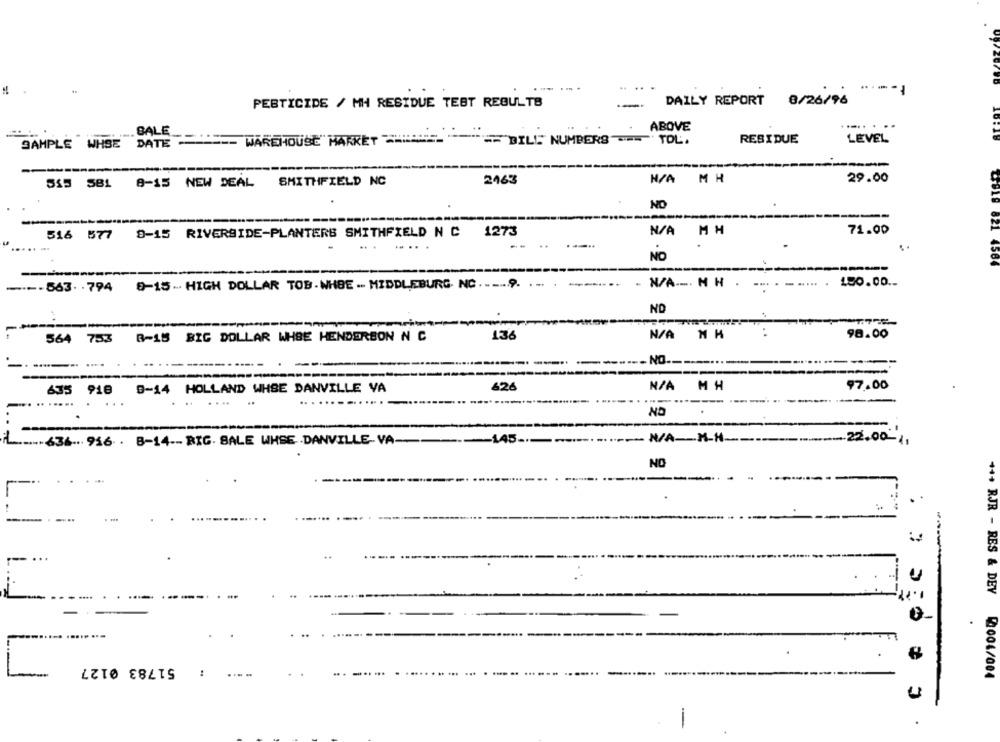
DAILY REPORT 8/26/96
PESTICIDE / MH RESIDUE TEST RESULTS
--
..... ...
..... BALE
ABOVE
SAMPLE WHSE DATE ----- WAREHOUSE" HAKKET =======-
RESIDUE
LEVEL
" == BILL NUMBERS - TOL,
555 581 8-15 NEW DEAL
SMITHFIELD NC
2163
N/A MH
29.00
NO
T
71.00
516 577 9-15 RIVERSIDE-PLANTERS SMITHFIELD N C 1273
--
NO
₾UL# 821 4584
--...
180.00 ..
---- 563 -. 794
8-15- HIGH DOLLAR TOB. WHBE -- MIDDLEBURG. NC . ..... 9. ... . ..
- N/A --. H H
ND
564 753 8-15 BIG DOLLAR WHBE HENDERSON N C
136
N/A N H
98.00
-..
--- NO --
MH
97.00
635 918 9-14 HOLLAND WHSE DANVILLE VA
426
NO
- N/A -- M-H-
636 ... 916 . 8-14 -- BIG. SALE WHSE .DANVILLE-VA --
-145 -.
22.00 1,
NO
.
u
51783 0127
.. .
+++ RJR - RES & DEV 004/004